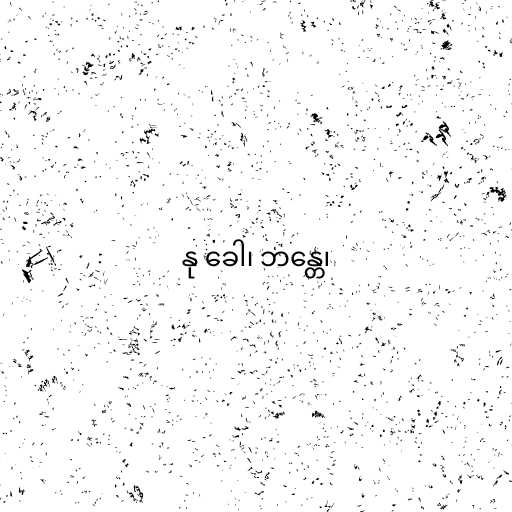
နု ခေါ၊ ဘန္တေ၊